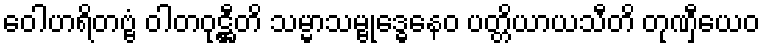
ဝေါဟရိတဗ္ဗံ ဝါတဝုဋ္ဌီတိ သမ္မာသမ္ဗုဒ္ဓေနေဝ ပတ္တိယာယသီတိ တုဏှီယေဝ